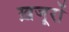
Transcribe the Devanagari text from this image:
ख़जूरों